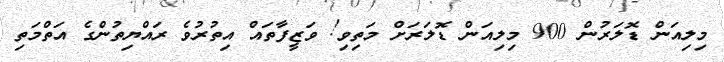
މިލިއަން ޑޮލަރުން 900 މިލިއަން ޑޮލަރަށް މަތިވި! ވަޒީފާތައް އިތުރުވެ ރައްޔިތުންގެ އަތްމަތި